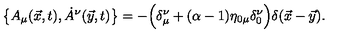
\bigl \{ A _ { \mu } ( \vec { x } , t ) , \dot { A } ^ { \nu } ( \vec { y } , t ) \bigr \} = - \Bigl ( \delta _ { \mu } ^ { \nu } + ( \alpha - 1 ) \eta _ { 0 \mu } \delta _ { 0 } ^ { \nu } \Bigr ) \delta ( \vec { x } - \vec { y } ) .